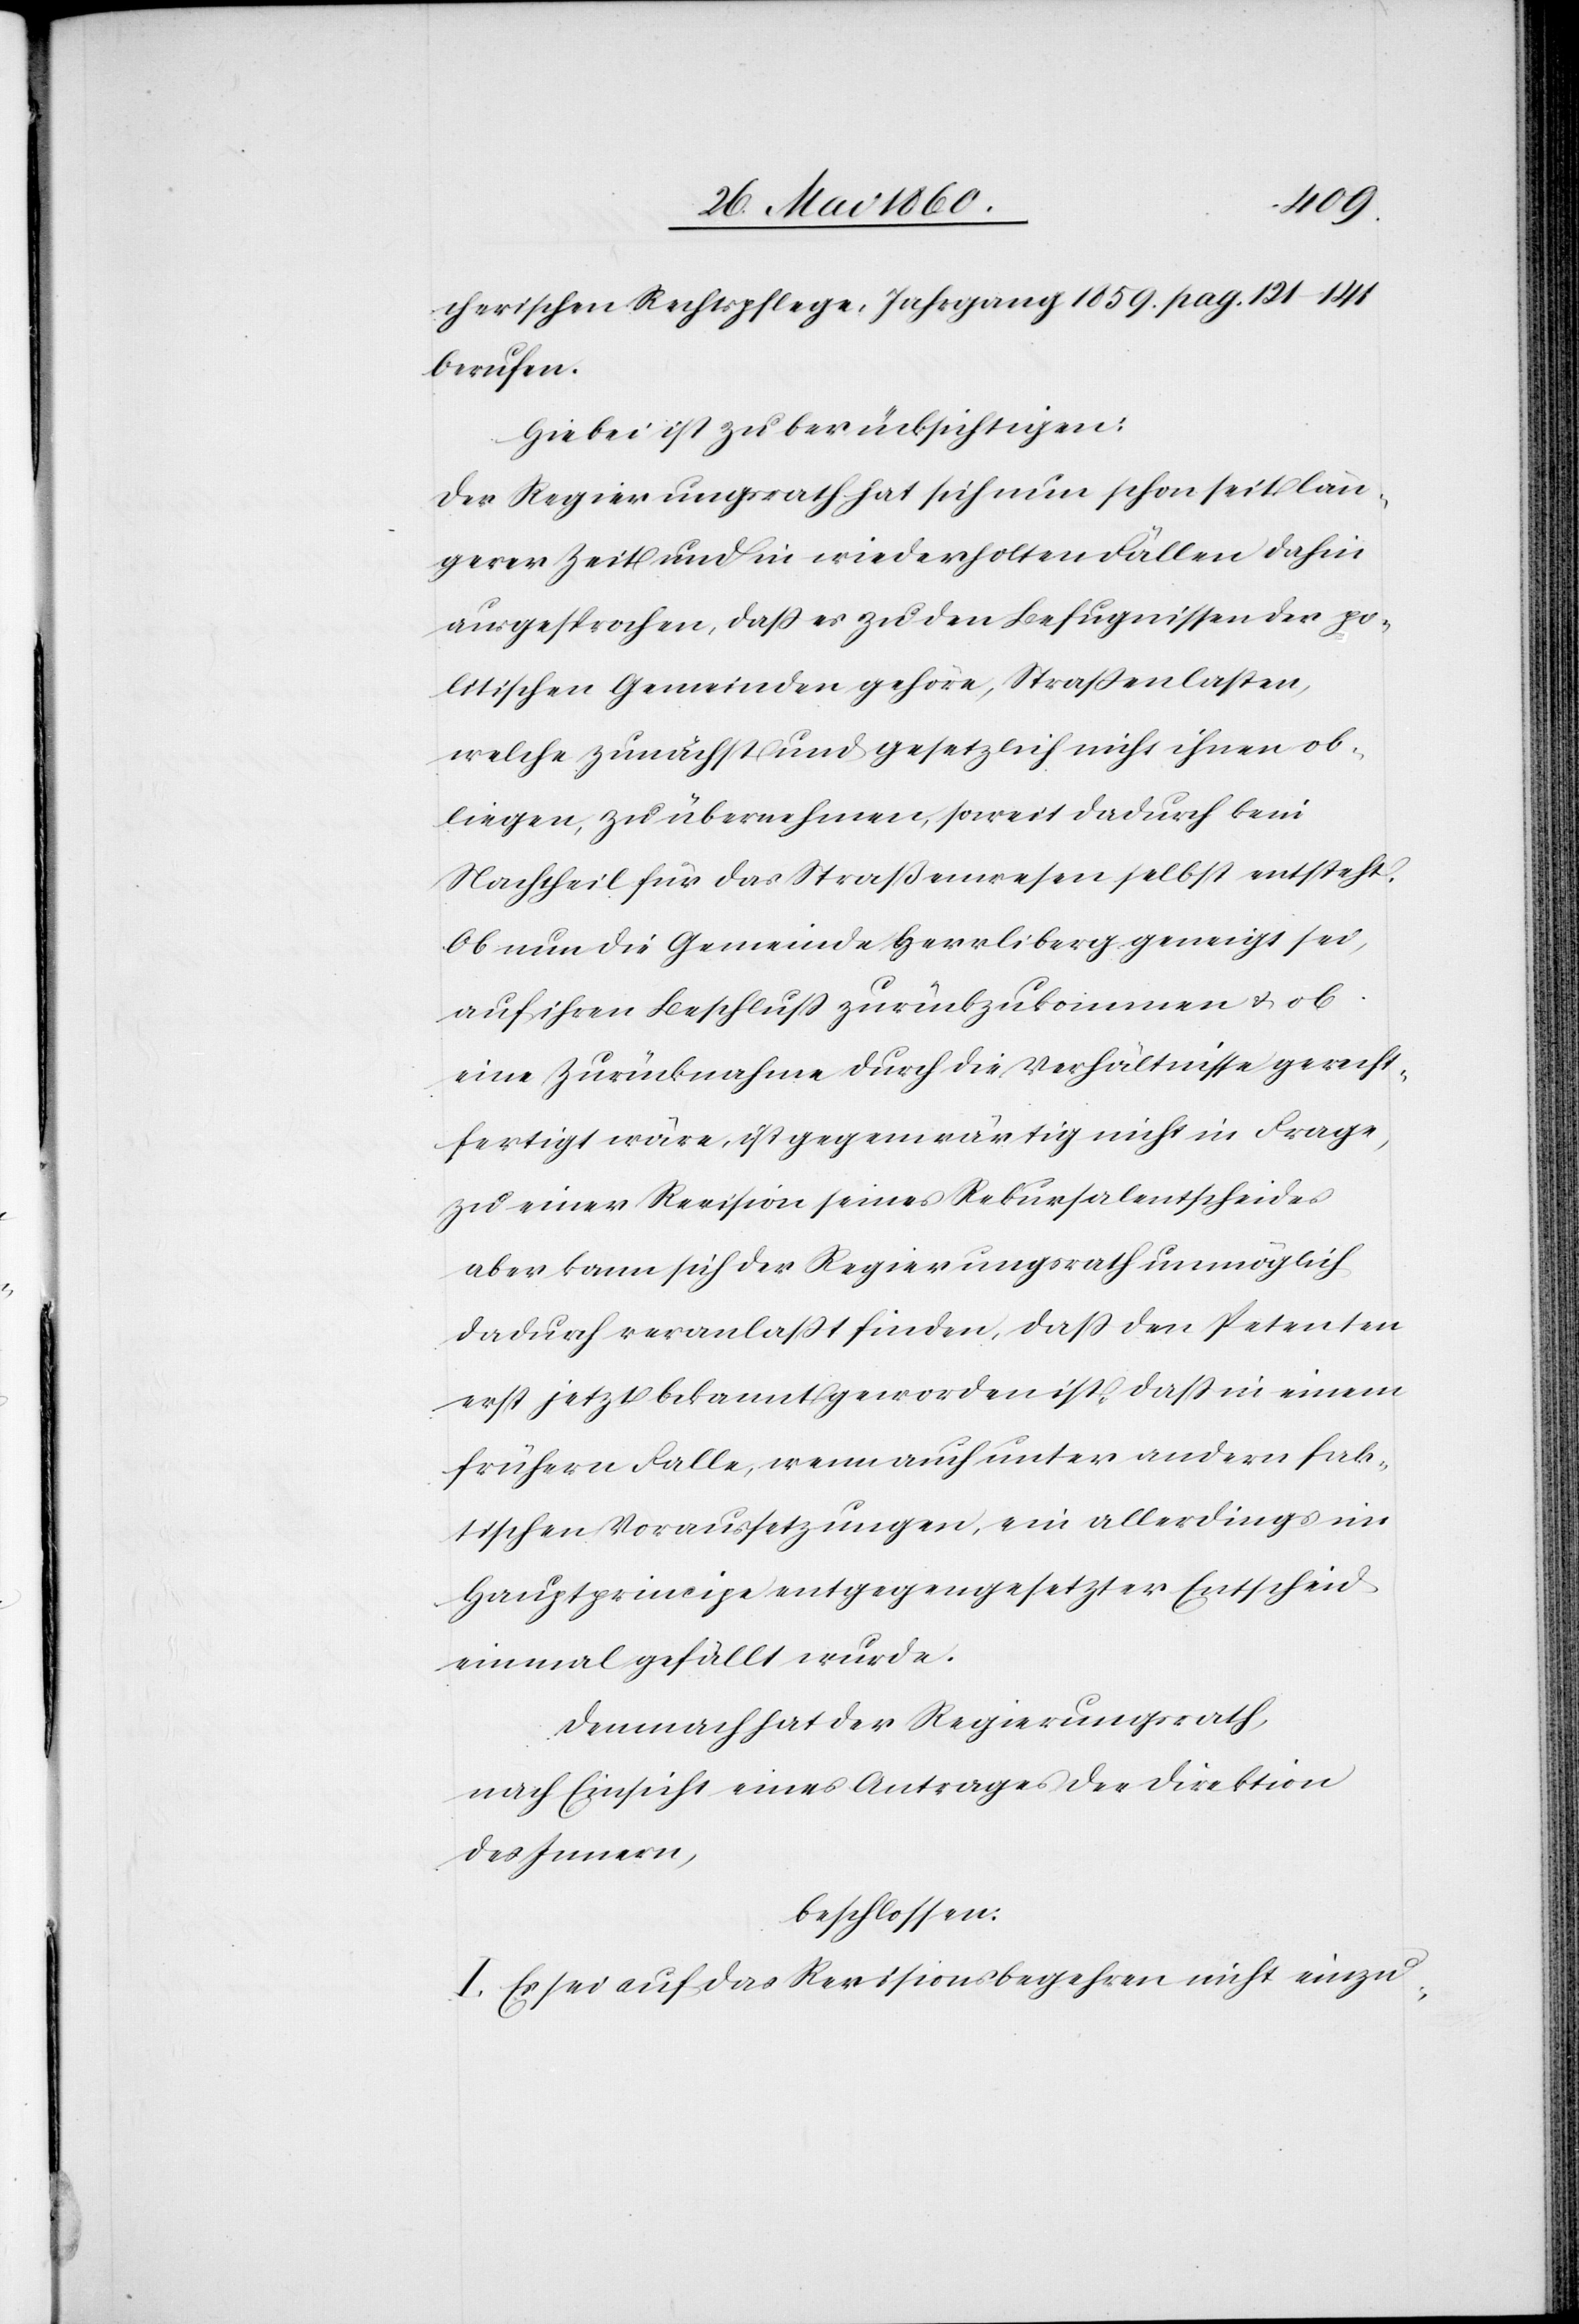
cherischen Rechtspflege, Jahrgang 1859 pag. 121–141
berufen.
Hiebei ist zu berücksichtigen:
Der Regierungsrath hat sich nun schon seit län¬
gerer Zeit und in wiederholten Fällen dahin
ausgesprochen, dass es zu den Befugnissen der po¬
litischen Gemeinden gehöre, Strassenlasten,
welche zunächst und gesetzlich nicht ihnen ob¬
liegen, zu übernehmen, soweit dadurch kein
Nachtheil für das Straßenwesen selbst entsteht.
Ob nun die Gemeinde Herrliberg geneigt sei,
auf ihren Beschluss zurückzukommen u. ob
eine Zurücknahme durch die Verhältnisse gerecht¬
fertigt wäre, ist gegenwärtig nicht in Frage,
zu einer Revision seines Rekursalentscheides
aber kann sich der Regierungsrath unmöglich
dadurch veranlasst finden, dass den Petenten
erst jetzt bekannt geworden ist, dass in einem
frühern Falle, wenn auch unter andern fak¬
tischen Voraussetzungen, ein allerdings im
Hauptprincipe entgegengesetzter Entscheid
einmal gefällt wurde.
Demnach hat der Regierungsrath,
nach Einsicht eines Antrages der Direktion
des Innern,
beschlossen:
I. Es sei auf das Revisionsbegehren nicht einzu-